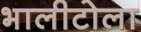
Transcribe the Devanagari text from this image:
भालीटोला